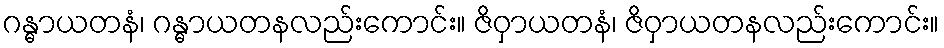
ဂန္ဓာယတနံ၊ ဂန္ဓာယတနလည်းကောင်း။ ဇိဝှာယတနံ၊ ဇိဝှာယတနလည်းကောင်း။